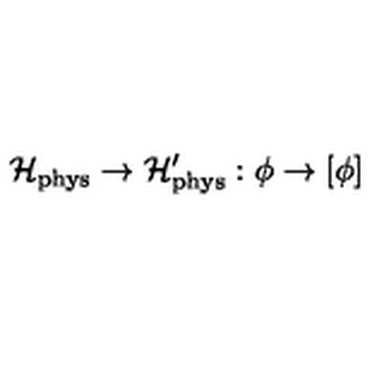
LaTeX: \mathcal { H } _ { \mathrm { p h y s } } \rightarrow \mathcal { H } _ { \mathrm { p h y s } } ^ { \prime } : \phi \rightarrow \lbrack \phi ]